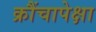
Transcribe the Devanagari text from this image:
क्रौंचापेक्षा